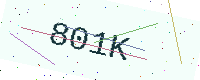
Text: 801K